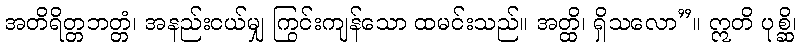
အတိရိတ္တဘတ္တံ၊ အနည်းငယ်မျှ ကြွင်းကျန်သော ထမင်းသည်။ အတ္ထိ၊ ရှိသလော”။ ဣတိ ပုစ္ဆိ၊